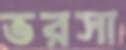
ভরসা